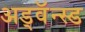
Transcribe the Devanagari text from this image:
अड्वॅन्स्ड